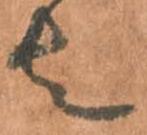
者